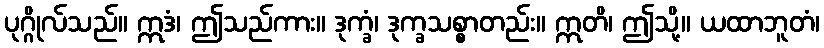
ပုဂ္ဂိုလ်သည်။ ဣဒံ၊ ဤသည်ကား။ ဒုက္ခံ၊ ဒုက္ခသစ္စာတည်း။ ဣတိ၊ ဤသို့။ ယထာဘူတံ၊